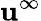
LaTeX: \mathbf{u}^{\infty}